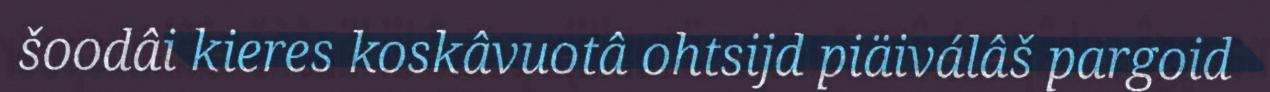
šoodâi kieres koskâvuotâ ohtsijd piäiválâš pargoid